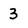
Character: 3